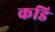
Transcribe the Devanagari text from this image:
कडि